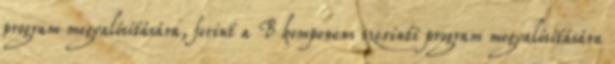
program megvalósítására, forint a B komponens szerinti program megvalósítására